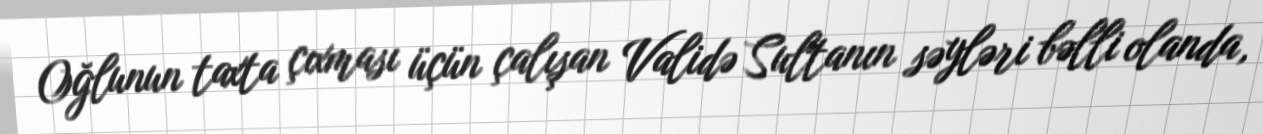
Oğlunun taxta çıxması üçün çalışan Validə Sultanın səyləri bəlli olanda,